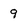
Character: 9